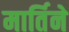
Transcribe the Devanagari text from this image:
मार्तिने